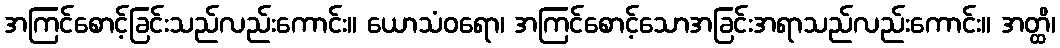
အကြင်စောင့်ခြင်းသည်လည်းကောင်း။ ယောသံဝရော၊ အကြင်စောင့်သောအခြင်းအရာသည်လည်းကောင်း။ အတ္ထိ၊